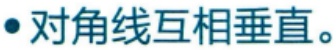
$\bullet$ 对角线互相垂直。